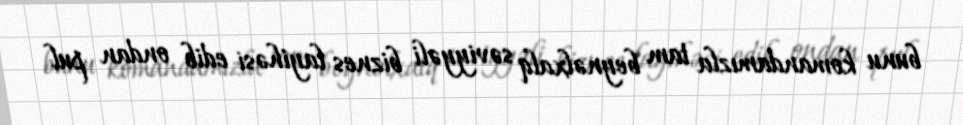
bunu komandamızla tam beynəlxalq səviyyəli biznes layihəsi edib ondan pul